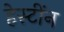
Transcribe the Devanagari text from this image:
हेस्टींन